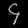
Digit: ၄